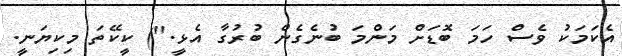
އެކަމަކު ވެސް ހަމަ ބޮޑަށް މަންމަ ބުނެގެން ބުރުގާ އެޅީ.") ކީކޭތަ މިކިޔަނީ.